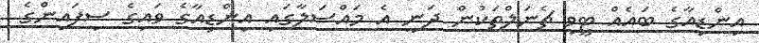
އިންޑިއާގެ ބައެއް ޓީވީ ޗެނަލްތަކުން ދަނީ އެ މައްސަލާގައި އިންޑިއާގެ ވައިގެ ސިފައިންގެ